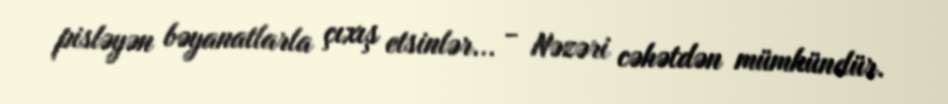
pisləyən bəyanatlarla çıxış etsinlər... - Nəzəri cəhətdən mümkündür.